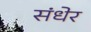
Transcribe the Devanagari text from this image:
संधेर